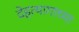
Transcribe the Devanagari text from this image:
देहत्यागाच्या